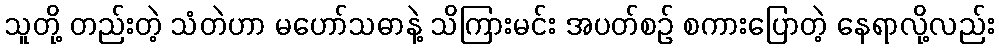
သူတို့ တည်းတဲ့ သံတဲဟာ မဟော်သဓာနဲ့ သိကြားမင်း အပတ်စဉ် စကားပြောတဲ့ နေရာလို့လည်း